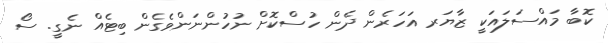
ކޮބާ މައްސަލައަކީ ޒާޔަރ އަހަރެން ދެން ހުސްކޮށް ނުހުންނަންވެގެން ބިޓެއް ނެގީ. ސޯ